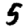
Digit: 5